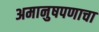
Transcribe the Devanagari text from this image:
अमानुषपणाचा